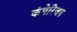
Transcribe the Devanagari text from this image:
कंपेरिजन